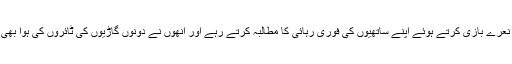
یہ کارکن نعرے بازی کرتے ہوئے اپنے ساتھیوں کی فوری رہائی کا مطالبہ کرتے رہے اور انھوں نے دونوں گاڑیوں کی ٹائروں کی ہوا بھی نکال دی۔